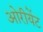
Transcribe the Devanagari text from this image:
ओरीयेंट